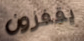
يقفزون